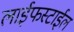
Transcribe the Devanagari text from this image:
लाईफस्टाईल